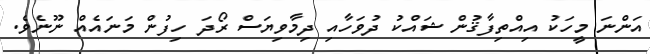
އަންނަ މީހަކު އިއްތިފާޤުން ޝައްކު ދުވަހާއި ދިމާވިޔަސް ރޯދަ ހިފުން މަނައެއް ނޫނެވެ.